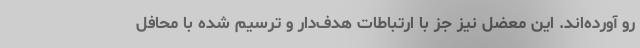
رو آورده‌اند. این معضل نیز جز با ارتباطات هدف‌دار و ترسیم شده با محافل